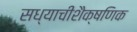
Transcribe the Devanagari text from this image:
सध्याचीशैक्षणिक